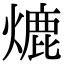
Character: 熝